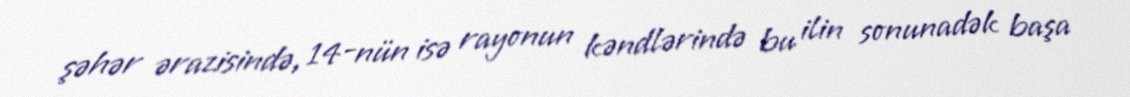
şəhər ərazisində, 14-nün isə rayonun kəndlərində bu ilin sonunadək başa